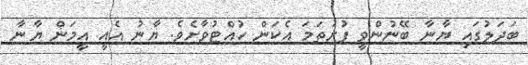
ބަދަލުގައި ޔާނާ ބޭނުންވީ ފުރަތަމަ އެކަން ހުއްޓުވާށެވެ. ޔާނު އެއީ އީމަން ޔާނާ